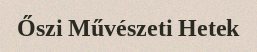
Őszi Művészeti Hetek